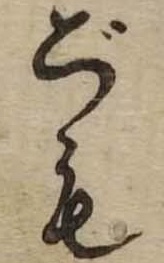
ごも